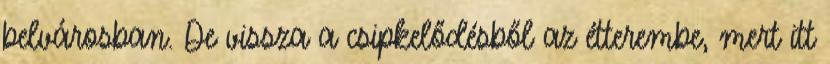
belvárosban. De vissza a csipkelődésből az étterembe, mert itt